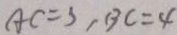
A C = 3 , B C = 4